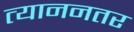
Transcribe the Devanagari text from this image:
त्याननतर